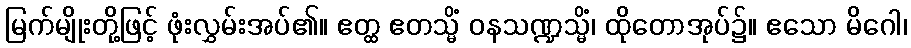
မြက်မျိုးတို့ဖြင့် ဖုံးလွှမ်းအပ်၏။ ဧတ္ထ ဧတသ္မိံ ဝနသဏ္ဍသ္မိံ၊ ထိုတောအုပ်၌။ ဧသော မိဂေါ၊